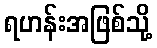
ရဟန်းအဖြစ်သို့